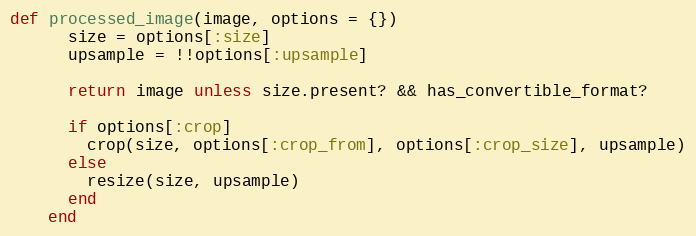
Language: Ruby
def processed_image(image, options = {})
      size = options[:size]
      upsample = !!options[:upsample]

      return image unless size.present? && has_convertible_format?

      if options[:crop]
        crop(size, options[:crop_from], options[:crop_size], upsample)
      else
        resize(size, upsample)
      end
    end